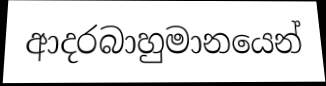
ආදරබාහුමානයෙන්